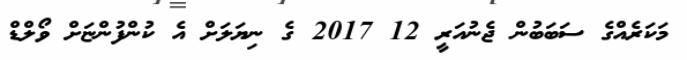
މަކަރެއްގެ ސަބަބުން ޖެނުއަރީ 12 2017 ގެ ނިޔަލަށް އެ ކުންފުންޏަށް ވޯލްޑް